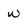
Character: w